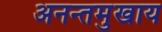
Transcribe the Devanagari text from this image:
अनन्तमुखाय